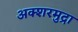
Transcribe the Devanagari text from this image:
अक्शरमुद्रा